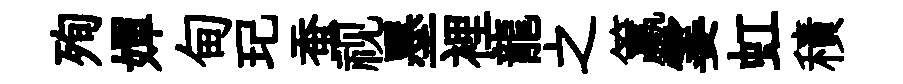
殉嬋甸玘蚕视墨裡龍之籯霎虹積